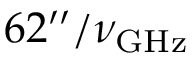
6 2 ^ { \prime \prime } / \nu _ { \mathrm { G H z } }